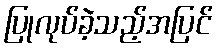
ပြုလုပ်ခဲ့သည့်အပြင်